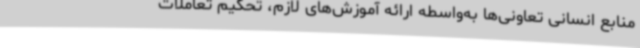
منابع انسانی تعاونی‌ها به‌واسطه ارائه آموزش‌های لازم، تحکیم تعاملات